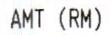
AMT (RM)